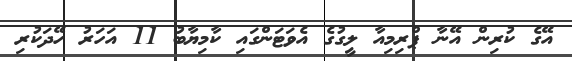
އޭގެ ކުރިން އޭނާ ޕްރިމިއާ ލީގުގެ އެވަޓަންގައި ކާމިޔާބު 11 އަހަރު ހޭދަކުރި